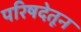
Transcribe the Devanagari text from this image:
परिषदेतून